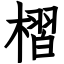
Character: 槢